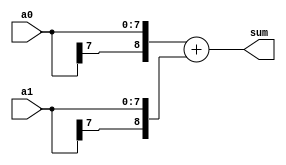
/***********************************************
Module Name:   adder_1995
Feature:       adder for signed integer in Verilog 1995
Coder:         Garfield
Organization:  XXXX Group, Department of Architecture
------------------------------------------------------
Input ports:   a0, a1, 8 bits, operent
Output Ports:  sum, 9 bits, sum
------------------------------------------------------
History:
12-02-2015: First Version by Garfield
***********************************************/

module adder_1995
  ( 
    input[7:0] a0, a1,
    output[8:0] sum
  );

//Load other module(s)

//Definition for Variables in the module

//Logical
assign sum = {a0[7],a0} + {a1[7],a1};

endmodule